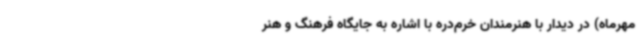
مهرماه) در دیدار با هنرمندان خرم‌دره با اشاره به جایگاه فرهنگ و هنر